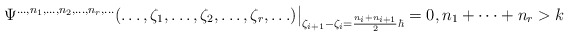
\begin{align*}\Psi^{\ldots,n_1,\ldots,n_2,\ldots,n_r,\ldots}(\ldots,\zeta_1,\ldots,\zeta_2,\ldots,\zeta_r,\ldots)\big\vert_{\zeta_{i+1}-\zeta_i=\frac{n_i+n_{i+1}}{2}\hbar}=0,n_1+\cdots+n_r>k\end{align*}